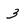
Character: 3